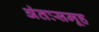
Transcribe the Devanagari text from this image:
अंतःसमूह